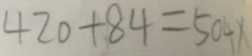
4 2 0 + 8 4 = 5 0 4 x